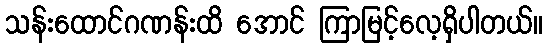
သန်းထောင်ဂဏန်းထိ အောင် ကြာမြင့်လေ့ရှိပါတယ်။